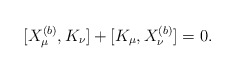
\begin{align*}[X_\mu^{(b)},K_\nu]+[K_\mu,X_\nu^{(b)}]=0.\end{align*}